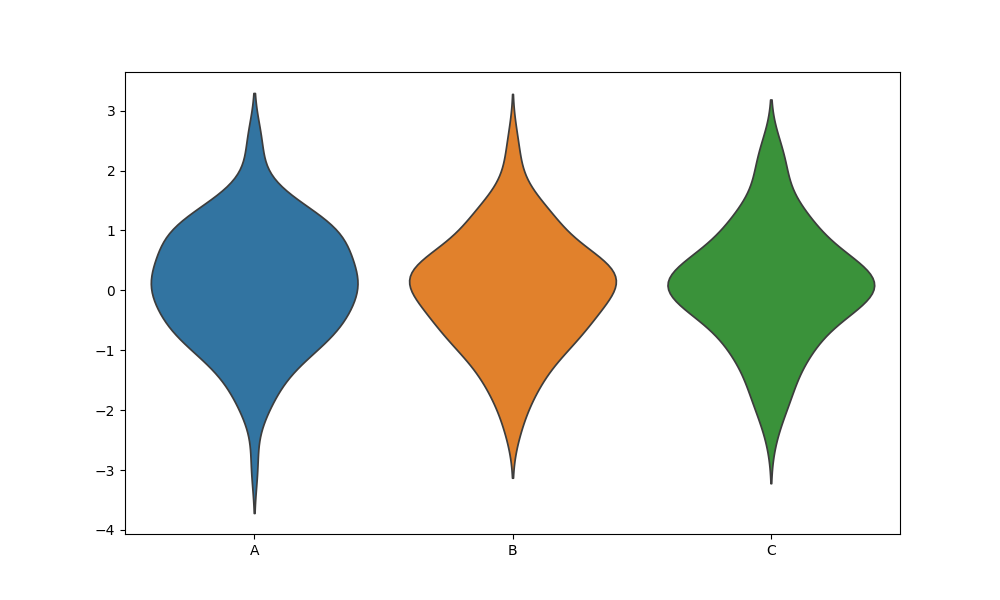
python, seaborn, violinplot, scale='width', split='False', inner='None', fill='True'